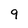
Character: 9